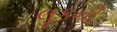
લૂકની